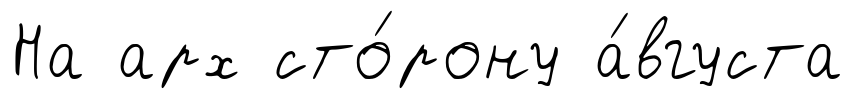
На арх сто́рону а́вгуста